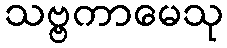
သဗ္ဗကာမေသု